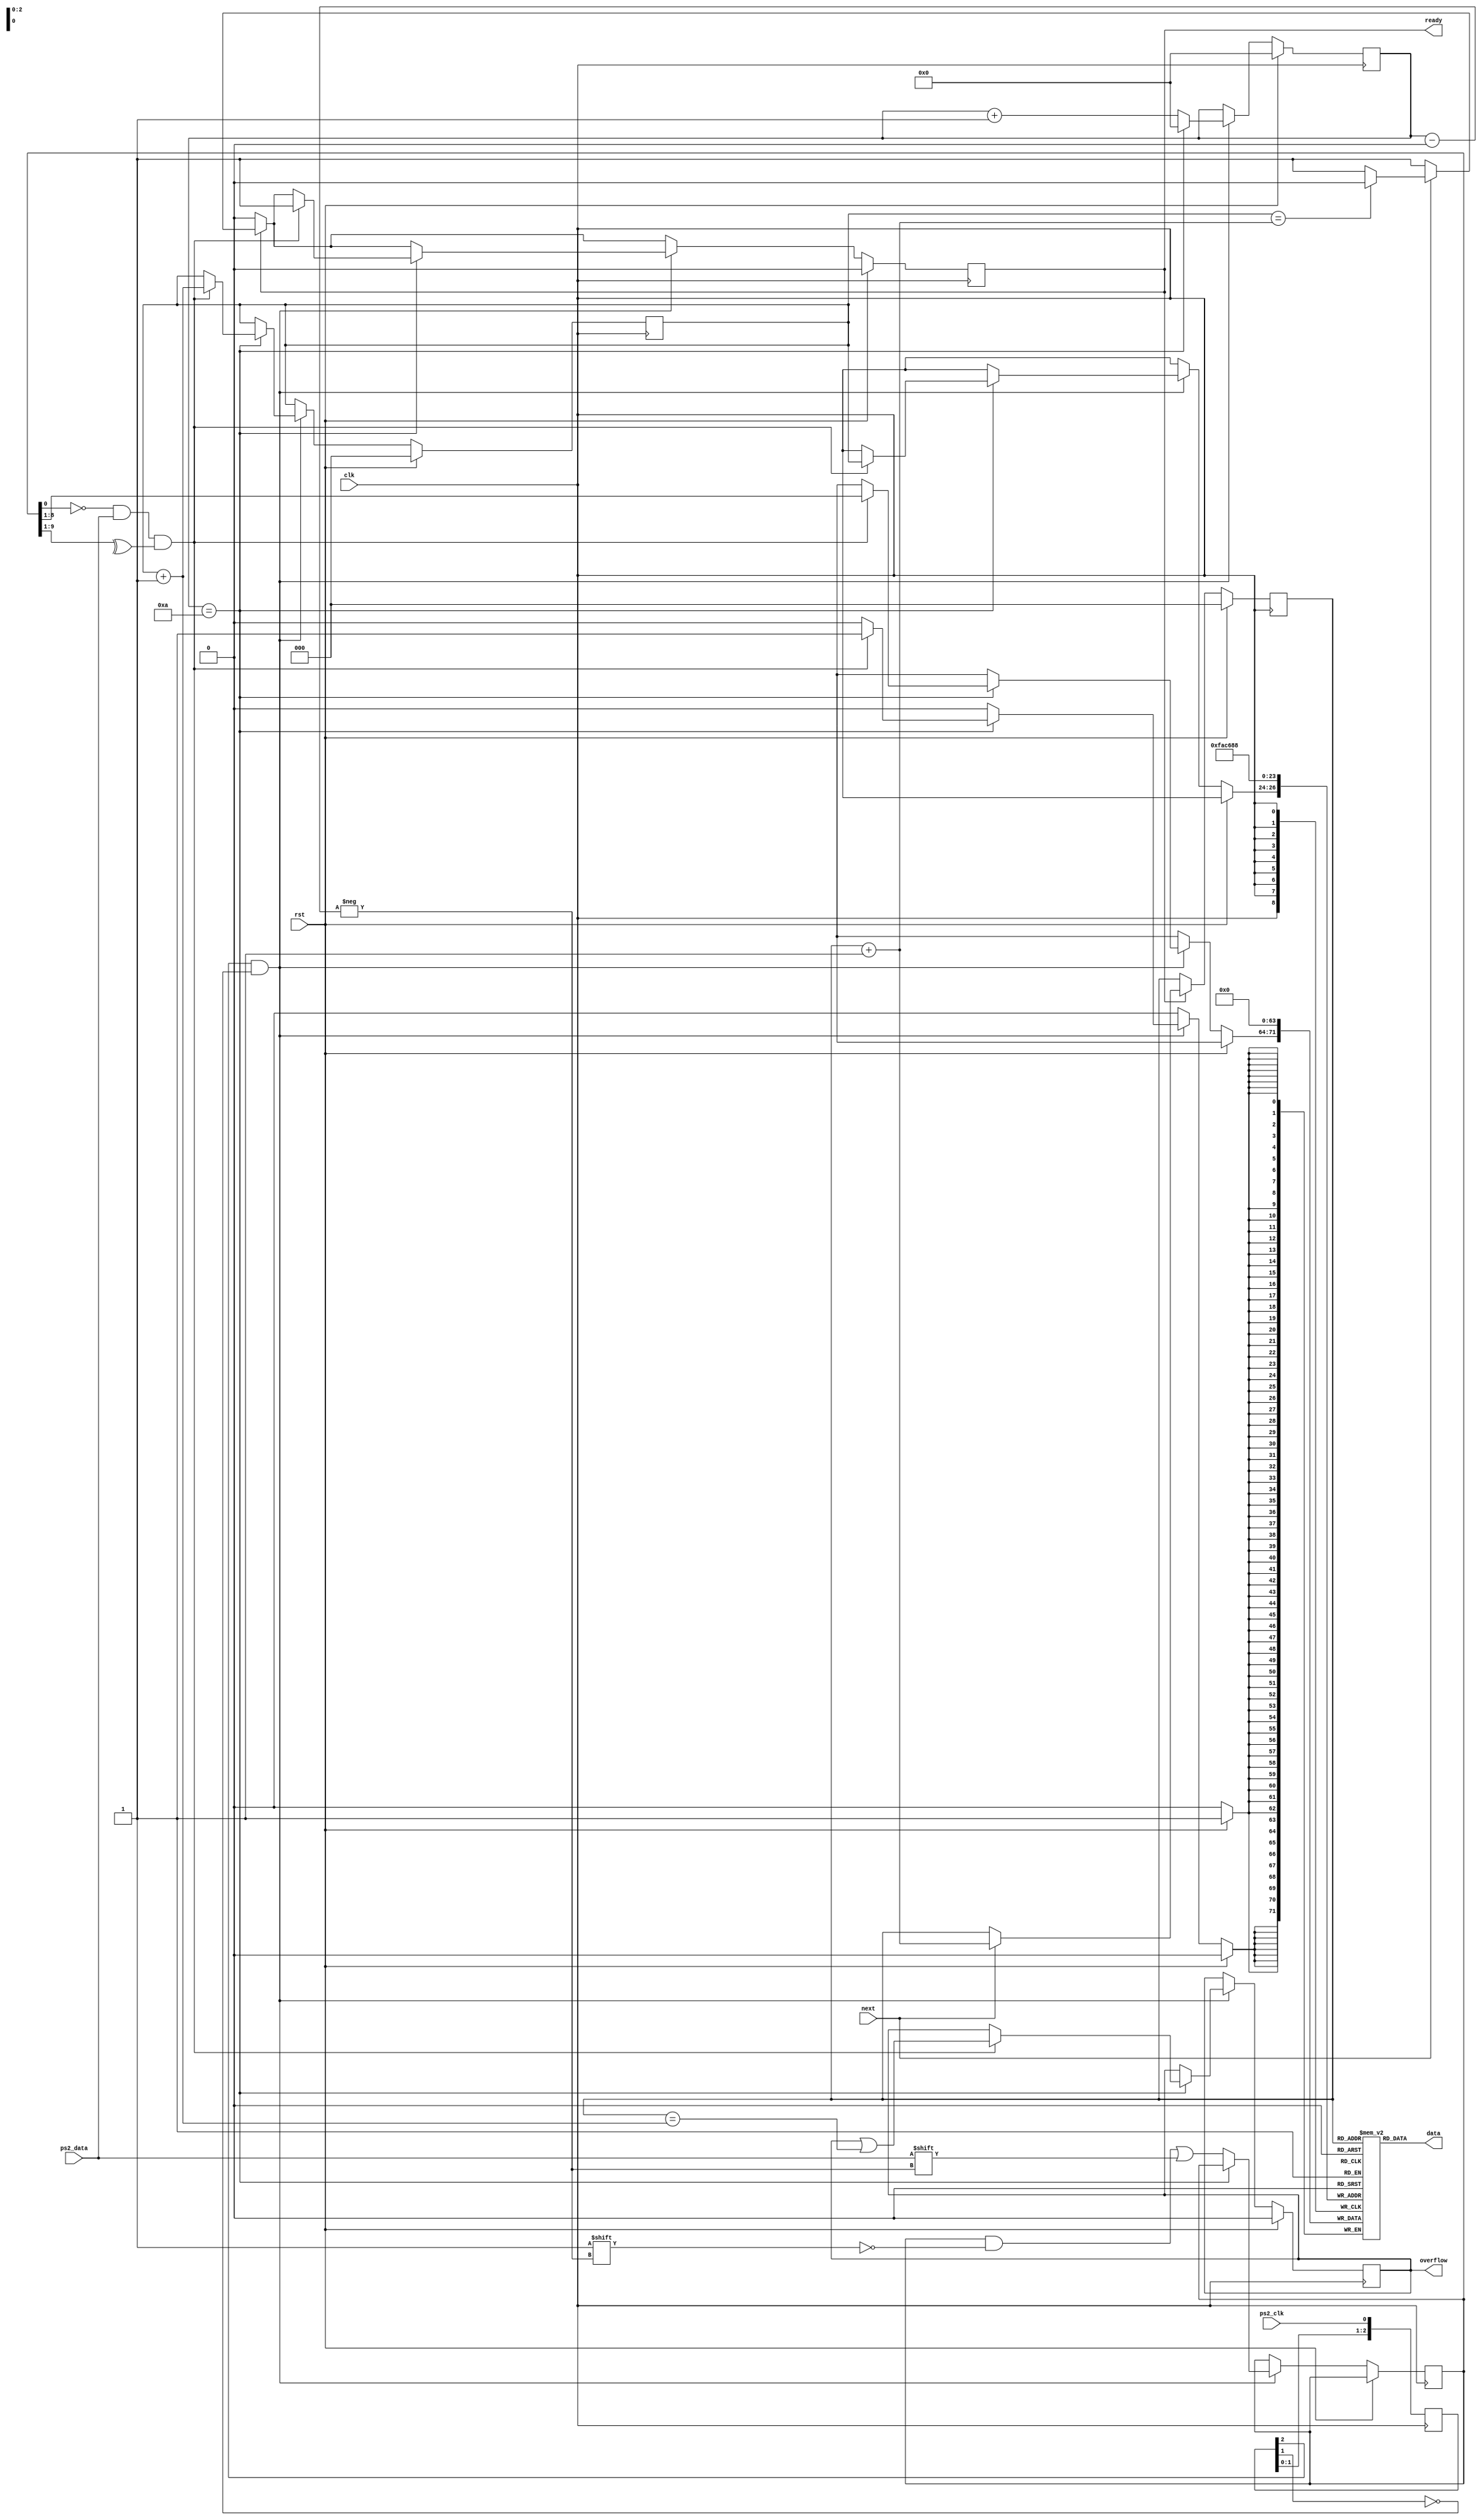
module ps2_keyboard(
    input clk,
    input rst,
    input ps2_clk,
    input ps2_data,
    input next,
    output reg ready, overflow,
    output [7:0] data
);

reg [9:0] buffer;
reg [7:0] fifo[7:0];
reg [2:0] w_ptr, r_ptr;
reg [3:0] count;

reg [2:0] ps2_clk_sync;

always @(posedge clk) begin
    ps2_clk_sync <= {ps2_clk_sync[1:0], ps2_clk};
end

wire sampling = ps2_clk_sync[2] & ~ps2_clk_sync[1];

always @(posedge clk) begin
    if (rst) begin
        count <= 0;
        w_ptr <= 0;
        r_ptr <= 0;
        overflow <= 0;
        ready <= 0;
        fifo[0] <= 0; fifo[1] <= 0; fifo[2] <= 0; fifo[3] <= 0;
        fifo[4] <= 0; fifo[5] <= 0; fifo[6] <= 0; fifo[7] <= 0;
    end else begin
        if (ready) begin
            if (next) begin
                r_ptr <= r_ptr + 1;
                if (w_ptr == r_ptr + 3'b1)
                    ready <= 0;
            end
        end
        if (sampling) begin
            if (count == 4'd10) begin
                if ((buffer[0] == 0) && (ps2_data) && (^buffer[9:1])) begin
                    fifo[w_ptr] <= buffer[8:1];
                    w_ptr <= w_ptr + 1;
                    ready <= 1;
                    overflow <= overflow | (r_ptr == w_ptr + 3'b1);
                end
                count <= 0;
            end else begin
                buffer[count] <= ps2_data;
                count <= count + 1;
            end
        end
    end
end

assign data = fifo[r_ptr];

endmodule